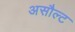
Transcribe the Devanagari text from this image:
असौल्ट